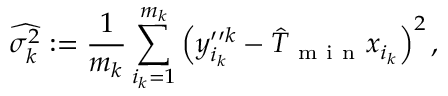
\widehat { \sigma _ { k } ^ { 2 } } : = \frac { 1 } { m _ { k } } \sum _ { i _ { k } = 1 } ^ { m _ { k } } \left( y _ { i _ { k } } ^ { \prime \prime k } - \hat { T } _ { \mathrm { ~ m ~ i ~ n ~ } } x _ { i _ { k } } \right) ^ { 2 } ,